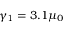
\gamma _ { 1 } = 3 . 1 \mu _ { 0 }